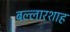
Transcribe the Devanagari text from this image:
बल्लारशाह